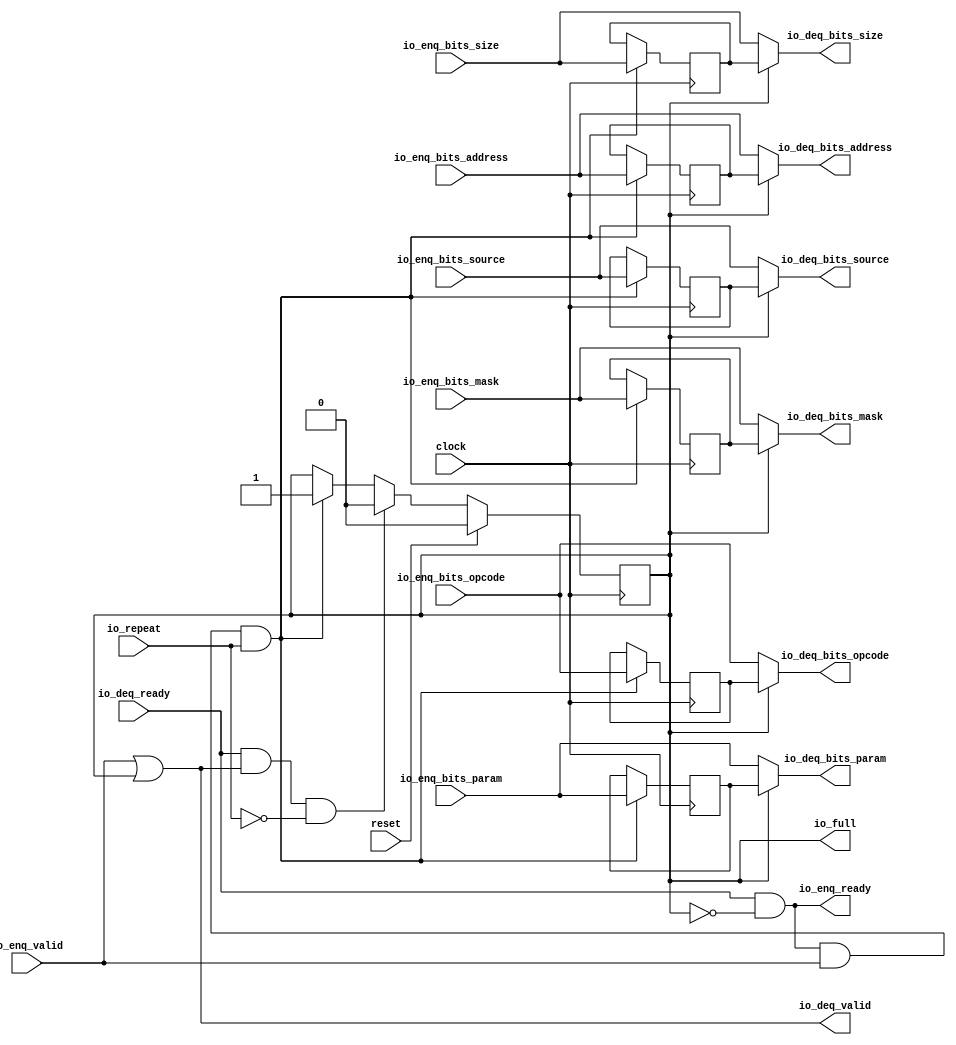
module Repeater_5( // @[:freechips.rocketchip.system.TinyConfig.fir@113101.2]
  input         clock, // @[:freechips.rocketchip.system.TinyConfig.fir@113102.4]
  input         reset, // @[:freechips.rocketchip.system.TinyConfig.fir@113103.4]
  input         io_repeat, // @[:freechips.rocketchip.system.TinyConfig.fir@113104.4]
  output        io_full, // @[:freechips.rocketchip.system.TinyConfig.fir@113104.4]
  output        io_enq_ready, // @[:freechips.rocketchip.system.TinyConfig.fir@113104.4]
  input         io_enq_valid, // @[:freechips.rocketchip.system.TinyConfig.fir@113104.4]
  input  [2:0]  io_enq_bits_opcode, // @[:freechips.rocketchip.system.TinyConfig.fir@113104.4]
  input  [2:0]  io_enq_bits_param, // @[:freechips.rocketchip.system.TinyConfig.fir@113104.4]
  input  [2:0]  io_enq_bits_size, // @[:freechips.rocketchip.system.TinyConfig.fir@113104.4]
  input  [4:0]  io_enq_bits_source, // @[:freechips.rocketchip.system.TinyConfig.fir@113104.4]
  input  [31:0] io_enq_bits_address, // @[:freechips.rocketchip.system.TinyConfig.fir@113104.4]
  input  [3:0]  io_enq_bits_mask, // @[:freechips.rocketchip.system.TinyConfig.fir@113104.4]
  input         io_deq_ready, // @[:freechips.rocketchip.system.TinyConfig.fir@113104.4]
  output        io_deq_valid, // @[:freechips.rocketchip.system.TinyConfig.fir@113104.4]
  output [2:0]  io_deq_bits_opcode, // @[:freechips.rocketchip.system.TinyConfig.fir@113104.4]
  output [2:0]  io_deq_bits_param, // @[:freechips.rocketchip.system.TinyConfig.fir@113104.4]
  output [2:0]  io_deq_bits_size, // @[:freechips.rocketchip.system.TinyConfig.fir@113104.4]
  output [4:0]  io_deq_bits_source, // @[:freechips.rocketchip.system.TinyConfig.fir@113104.4]
  output [31:0] io_deq_bits_address, // @[:freechips.rocketchip.system.TinyConfig.fir@113104.4]
  output [3:0]  io_deq_bits_mask // @[:freechips.rocketchip.system.TinyConfig.fir@113104.4]
);
  reg  full; // @[Repeater.scala 18:21:freechips.rocketchip.system.TinyConfig.fir@113109.4]
  reg [31:0] _RAND_0;
  reg [2:0] saved_opcode; // @[Repeater.scala 19:18:freechips.rocketchip.system.TinyConfig.fir@113110.4]
  reg [31:0] _RAND_1;
  reg [2:0] saved_param; // @[Repeater.scala 19:18:freechips.rocketchip.system.TinyConfig.fir@113110.4]
  reg [31:0] _RAND_2;
  reg [2:0] saved_size; // @[Repeater.scala 19:18:freechips.rocketchip.system.TinyConfig.fir@113110.4]
  reg [31:0] _RAND_3;
  reg [4:0] saved_source; // @[Repeater.scala 19:18:freechips.rocketchip.system.TinyConfig.fir@113110.4]
  reg [31:0] _RAND_4;
  reg [31:0] saved_address; // @[Repeater.scala 19:18:freechips.rocketchip.system.TinyConfig.fir@113110.4]
  reg [31:0] _RAND_5;
  reg [3:0] saved_mask; // @[Repeater.scala 19:18:freechips.rocketchip.system.TinyConfig.fir@113110.4]
  reg [31:0] _RAND_6;
  wire  _T_1; // @[Repeater.scala 23:35:freechips.rocketchip.system.TinyConfig.fir@113113.4]
  wire  _T_4; // @[Decoupled.scala 37:37:freechips.rocketchip.system.TinyConfig.fir@113119.4]
  wire  _T_5; // @[Repeater.scala 27:23:freechips.rocketchip.system.TinyConfig.fir@113120.4]
  wire  _T_6; // @[Decoupled.scala 37:37:freechips.rocketchip.system.TinyConfig.fir@113125.4]
  wire  _T_7; // @[Repeater.scala 28:26:freechips.rocketchip.system.TinyConfig.fir@113126.4]
  wire  _T_8; // @[Repeater.scala 28:23:freechips.rocketchip.system.TinyConfig.fir@113127.4]
  assign _T_1 = full == 1'h0; // @[Repeater.scala 23:35:freechips.rocketchip.system.TinyConfig.fir@113113.4]
  assign _T_4 = io_enq_ready & io_enq_valid; // @[Decoupled.scala 37:37:freechips.rocketchip.system.TinyConfig.fir@113119.4]
  assign _T_5 = _T_4 & io_repeat; // @[Repeater.scala 27:23:freechips.rocketchip.system.TinyConfig.fir@113120.4]
  assign _T_6 = io_deq_ready & io_deq_valid; // @[Decoupled.scala 37:37:freechips.rocketchip.system.TinyConfig.fir@113125.4]
  assign _T_7 = io_repeat == 1'h0; // @[Repeater.scala 28:26:freechips.rocketchip.system.TinyConfig.fir@113126.4]
  assign _T_8 = _T_6 & _T_7; // @[Repeater.scala 28:23:freechips.rocketchip.system.TinyConfig.fir@113127.4]
  assign io_full = full; // @[Repeater.scala 25:11:freechips.rocketchip.system.TinyConfig.fir@113118.4]
  assign io_enq_ready = io_deq_ready & _T_1; // @[Repeater.scala 23:16:freechips.rocketchip.system.TinyConfig.fir@113115.4]
  assign io_deq_valid = io_enq_valid | full; // @[Repeater.scala 22:16:freechips.rocketchip.system.TinyConfig.fir@113112.4]
  assign io_deq_bits_opcode = full ? saved_opcode : io_enq_bits_opcode; // @[Repeater.scala 24:15:freechips.rocketchip.system.TinyConfig.fir@113117.4]
  assign io_deq_bits_param = full ? saved_param : io_enq_bits_param; // @[Repeater.scala 24:15:freechips.rocketchip.system.TinyConfig.fir@113117.4]
  assign io_deq_bits_size = full ? saved_size : io_enq_bits_size; // @[Repeater.scala 24:15:freechips.rocketchip.system.TinyConfig.fir@113117.4]
  assign io_deq_bits_source = full ? saved_source : io_enq_bits_source; // @[Repeater.scala 24:15:freechips.rocketchip.system.TinyConfig.fir@113117.4]
  assign io_deq_bits_address = full ? saved_address : io_enq_bits_address; // @[Repeater.scala 24:15:freechips.rocketchip.system.TinyConfig.fir@113117.4]
  assign io_deq_bits_mask = full ? saved_mask : io_enq_bits_mask; // @[Repeater.scala 24:15:freechips.rocketchip.system.TinyConfig.fir@113117.4]
`ifdef RANDOMIZE_GARBAGE_ASSIGN
`define RANDOMIZE
`endif
`ifdef RANDOMIZE_INVALID_ASSIGN
`define RANDOMIZE
`endif
`ifdef RANDOMIZE_REG_INIT
`define RANDOMIZE
`endif
`ifdef RANDOMIZE_MEM_INIT
`define RANDOMIZE
`endif
`ifndef RANDOM
`define RANDOM $random
`endif
`ifdef RANDOMIZE_MEM_INIT
  integer initvar;
`endif
initial begin
  `ifdef RANDOMIZE
    `ifdef INIT_RANDOM
      `INIT_RANDOM
    `endif
    `ifndef VERILATOR
      `ifdef RANDOMIZE_DELAY
        #`RANDOMIZE_DELAY begin end
      `else
        #0.002 begin end
      `endif
    `endif
  `ifdef RANDOMIZE_REG_INIT
  _RAND_0 = {1{`RANDOM}};
  full = _RAND_0[0:0];
  `endif // RANDOMIZE_REG_INIT
  `ifdef RANDOMIZE_REG_INIT
  _RAND_1 = {1{`RANDOM}};
  saved_opcode = _RAND_1[2:0];
  `endif // RANDOMIZE_REG_INIT
  `ifdef RANDOMIZE_REG_INIT
  _RAND_2 = {1{`RANDOM}};
  saved_param = _RAND_2[2:0];
  `endif // RANDOMIZE_REG_INIT
  `ifdef RANDOMIZE_REG_INIT
  _RAND_3 = {1{`RANDOM}};
  saved_size = _RAND_3[2:0];
  `endif // RANDOMIZE_REG_INIT
  `ifdef RANDOMIZE_REG_INIT
  _RAND_4 = {1{`RANDOM}};
  saved_source = _RAND_4[4:0];
  `endif // RANDOMIZE_REG_INIT
  `ifdef RANDOMIZE_REG_INIT
  _RAND_5 = {1{`RANDOM}};
  saved_address = _RAND_5[31:0];
  `endif // RANDOMIZE_REG_INIT
  `ifdef RANDOMIZE_REG_INIT
  _RAND_6 = {1{`RANDOM}};
  saved_mask = _RAND_6[3:0];
  `endif // RANDOMIZE_REG_INIT
  `endif // RANDOMIZE
end
  always @(posedge clock) begin
    if (reset) begin
      full <= 1'h0;
    end else begin
      if (_T_8) begin
        full <= 1'h0;
      end else begin
        if (_T_5) begin
          full <= 1'h1;
        end
      end
    end
    if (_T_5) begin
      saved_opcode <= io_enq_bits_opcode;
    end
    if (_T_5) begin
      saved_param <= io_enq_bits_param;
    end
    if (_T_5) begin
      saved_size <= io_enq_bits_size;
    end
    if (_T_5) begin
      saved_source <= io_enq_bits_source;
    end
    if (_T_5) begin
      saved_address <= io_enq_bits_address;
    end
    if (_T_5) begin
      saved_mask <= io_enq_bits_mask;
    end
  end
endmodule